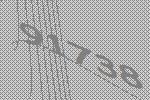
91738